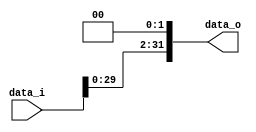
//Subject:      CO project 2 - Shift_Left_Two_32
//--------------------------------------------------------------------------------
//Version:     1
//--------------------------------------------------------------------------------
//Description: 
//--------------------------------------------------------------------------------

module Shift_Left_Two_32(
    data_i,
    data_o
    );

//I/O ports                    
input [32-1:0] data_i;
output [32-1:0] data_o;
reg [32-1:0] data_o;
always @(data_i)
	begin
    data_o[32-1:0] = data_i[32-1:0] <<2;
	end
//assign data_o = {data_i[29:0],2'b00};
endmodule